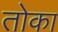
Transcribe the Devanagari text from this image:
तोका